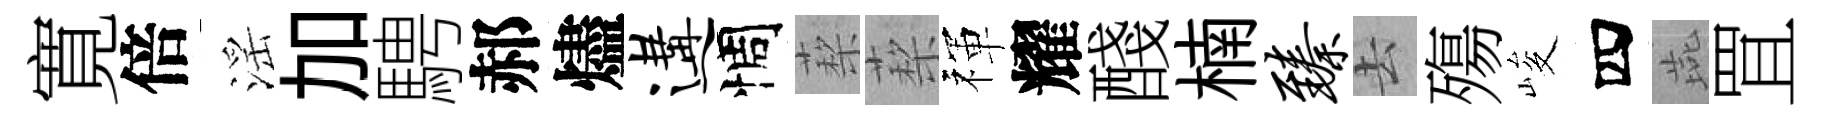
寛倍滛加騁郝燼遘惆蔾蔾禈耀醆楠臻去殤峻四燕罝